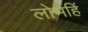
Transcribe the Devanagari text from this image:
लोभहिं